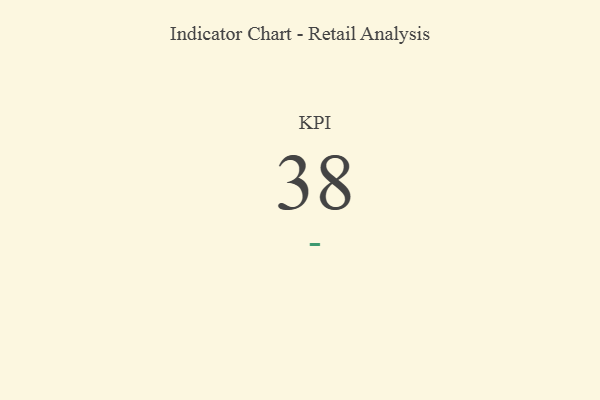
{"axis": {"x": "KPI", "y": "Value"}, "legend": [""], "data": [{"x": "KPI", "y": 38, "type": ""}]}